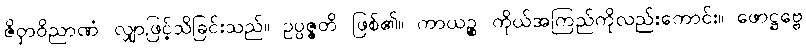
ဇိဝှာဝိညာဏံ၊ လျှာဖြင့်သိခြင်းသည်။ ဥပ္ပဇ္ဇတိ၊ ဖြစ်၏။ ကာယဉ္စ၊ ကိုယ်အကြည်ကိုလည်းကောင်း။ ဖောဋ္ဌဗ္ဗေ